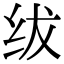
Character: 绂